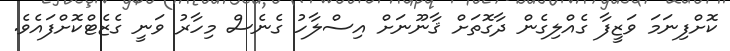
ކޮށްފިނަމަ ވަޒީފާ ގެއްލިގެން ދާގޮތަށް ޤާނޫނަށް އިސްލާހު ގެނެސް މިހާރު ވަނީ ގެޒެޓްކޮށްފައެވެ.